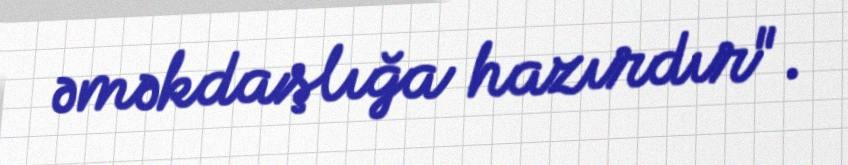
əməkdaşlığa hazırdır".